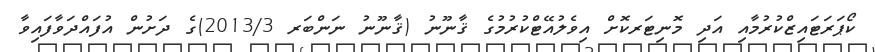
ކޯޕަރަޓައިޒްކުރުމާއި އަދި މޮނިޓަރކޮށް އިވެލުއޭޓްކުރުމުގެ ޤާނޫނު (ޤާނޫނު ނަންބަރ 2013/3)ގެ ދަށުން އުފައްދަވާފައިވާ